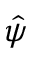
\hat { \psi }